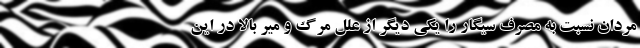
مردان نسبت به مصرف سیگار را یکی دیگر از علل مرگ و میر بالا در این